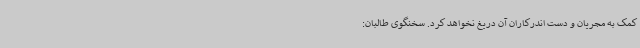
کمک به مجریان و دست اندرکاران آن دریغ نخواهد کرد. سخنگوی طالبان: